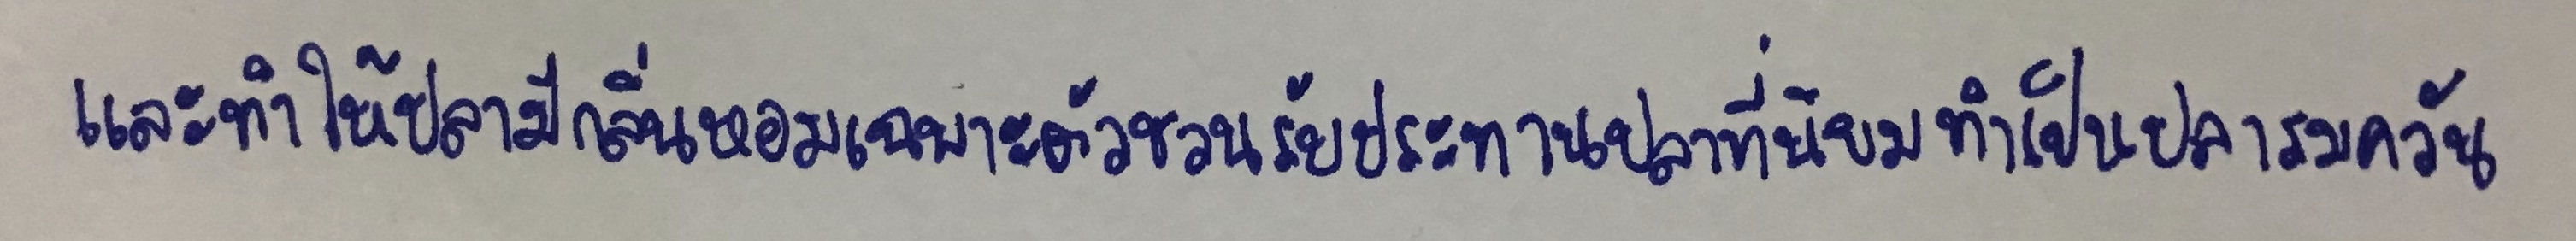
และทำให้ปลามีกลิ่นหอมเฉพาะตัวชวนรับประทานปลาที่นิยมทำเป็นปลารมควัน